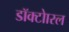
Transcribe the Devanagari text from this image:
डॉक्टोारल